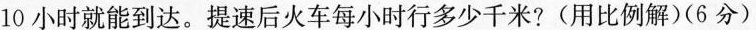
10小时就能到达。提速后火车每小时行多少千米?(用比例解)(6分)